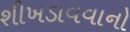
શીખડાવવાનો